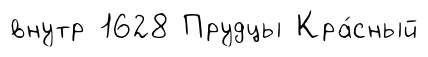
внутр 1628 Прудцы Кра́сный